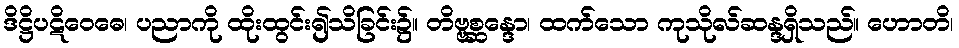
ဒိဋ္ဌိပဋိဝေဓေ၊ ပညာကို ထိုးထွင်း၍သိခြင်း၌။ တိဗ္ဗစ္ဆန္ဒော၊ ထက်သော ကုသိုလ်ဆန္ဒရှိသည်။ ဟောတိ၊